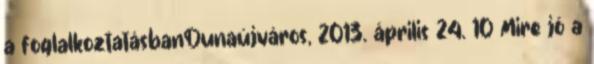
a foglalkoztatásbanDunaújváros, 2013. április 24. 10 Mire jó a